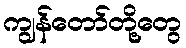
ကျွန်တော်တို့တွေ